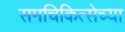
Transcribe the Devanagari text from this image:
समचिकित्सेच्या